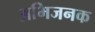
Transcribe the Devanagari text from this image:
अभिजनक